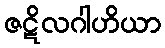
ဇဋိလဂါဟိယာ